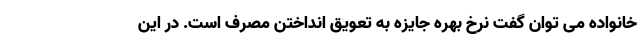
خانواده می توان گفت نرخ بهره جایزه به تعویق انداختن مصرف است. در این